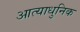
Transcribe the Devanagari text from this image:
आत्याधुनिक